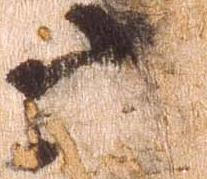
六